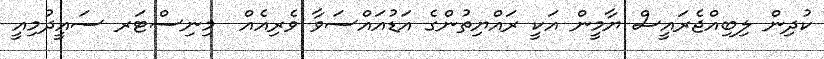
ކުދިން ލިބިއްޖެރައީސް ޔާމީން އަކީ ރައްޔިތުންގެ އަޑުއައްސަވާ ވެރިއެއް  މިނިސްޓަރ ސައީދުމިއީ